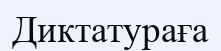
Диктатураға